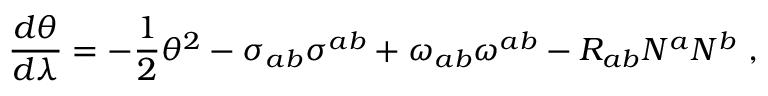
\frac { d \theta } { d \lambda } = - \frac { 1 } { 2 } \theta ^ { 2 } - \sigma _ { a b } \sigma ^ { a b } + \omega _ { a b } \omega ^ { a b } - R _ { a b } N ^ { a } N ^ { b } \ ,